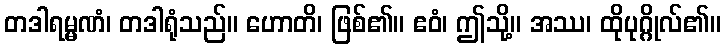
တဒါရမ္မဏံ၊ တဒါရုံသည်။ ဟောတိ၊ ဖြစ်၏။ ဧဝံ၊ ဤသို့။ အဿ၊ ထိုပုဂ္ဂိုလ်၏။